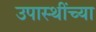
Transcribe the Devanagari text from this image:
उपास्थींच्या